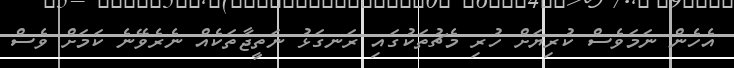
އެހެން ނަމަވެސް ކުރިޔަށް ހުރި މެޗުތަކުގައި ރަނގަޅު ނަތީޖާތަކެއް ނެރެވޭނެ ކަމަށް ވެސް